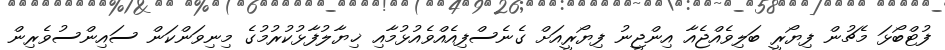
ފުޓްބޯޅަ މެޗުން ފިޔޯރީ ބަލިވެއްޖެއާ އިންޖީނު ފިޔޯރީއަށް ގެނެސްފިއެއްވެއުޅުމާއި ޚިޔާލުފާޅުކުރުމުގެ މިނިވަންކަން ސައިންސުވެރިން